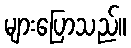
များပြောသည်။